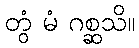
တွံ မံ ဂစ္ဆသိ။